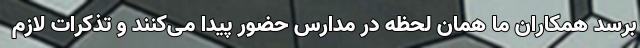
برسد همکاران ما همان لحظه در مدارس حضور پیدا می‌کنند و تذکرات لازم